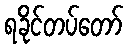
ရခိုင်တပ်တော်